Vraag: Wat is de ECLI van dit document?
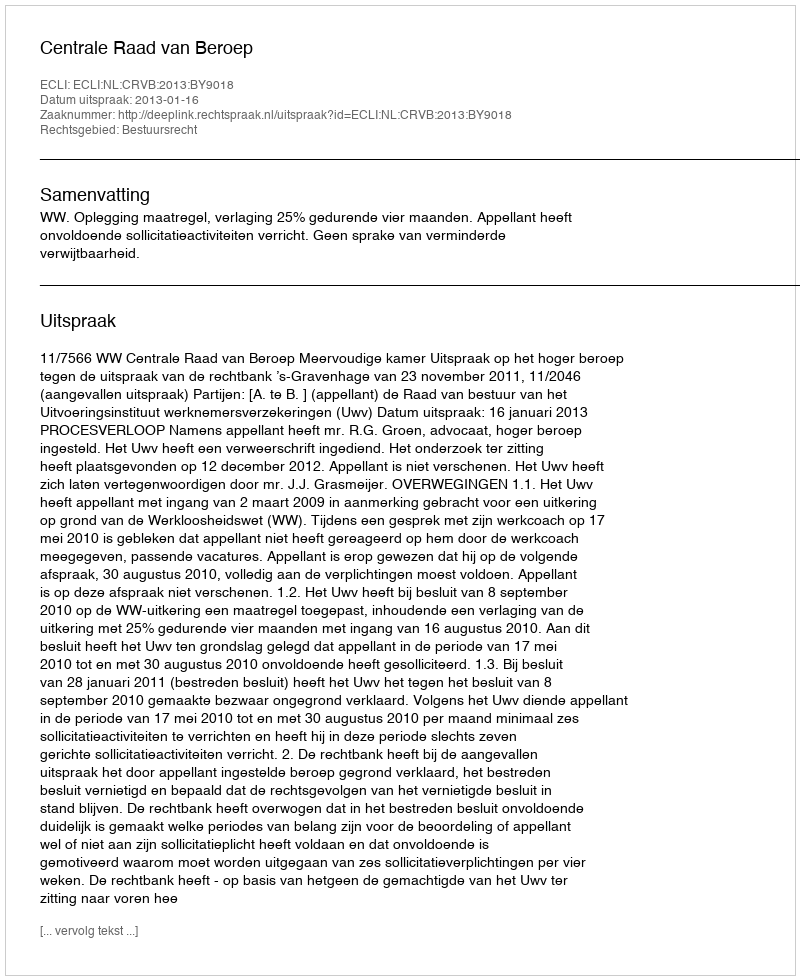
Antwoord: ECLI:NL:CRVB:2013:BY9018